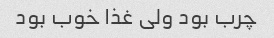
چرب بود ولی غذا خوب بود